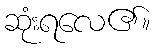
ဆုံးရလေ၏။